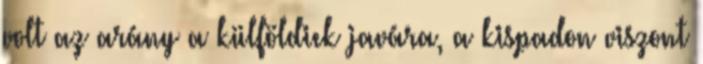
volt az arány a külföldiek javára, a kispadon viszont